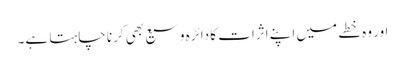
اور وہ خطے میں اپنے اثرات کا دائرہ وسیع بھی کرنا چاہتا ہے۔